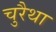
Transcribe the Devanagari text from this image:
चुरैथा